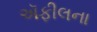
ઍફીલના